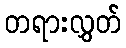
တရားလွှတ်